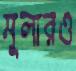
মুলারও